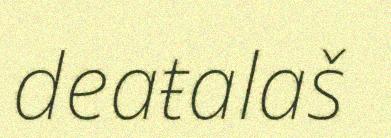
deaŧalaš